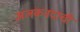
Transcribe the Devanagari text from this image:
अलकनंदाची